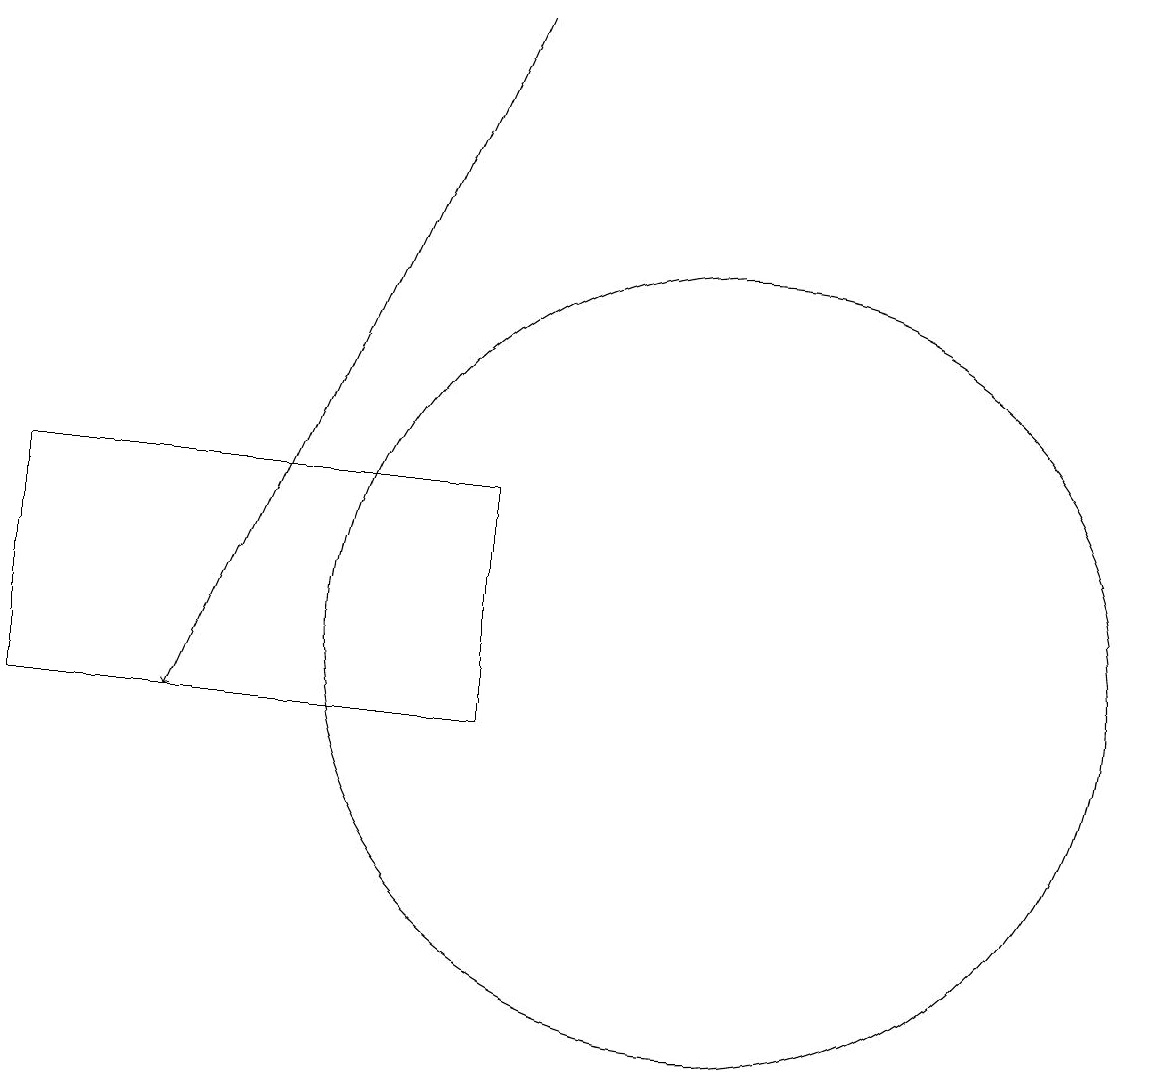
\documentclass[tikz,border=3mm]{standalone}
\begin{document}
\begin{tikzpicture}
\draw (1,13) rectangle (7,10);
\draw (5,13) rectangle (3,13);
\draw[->] (7,19) -- (3,10);
\draw (10,11) circle (5);
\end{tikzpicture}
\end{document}